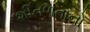
શીતળતાનો